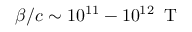
\beta / c \sim 1 0 ^ { 1 1 } - 1 0 ^ { 1 2 } \, \textrm { T }